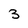
Character: 3